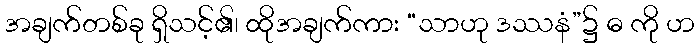
အချက်တစ်ခု ရှိသင့်၏၊ ထိုအချက်ကား “သာဟု ဒဿနံ”၌ ဓ ကို ဟ